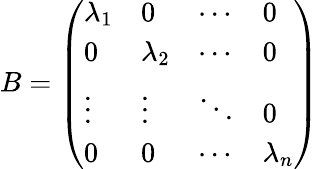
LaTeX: B={\left(\begin{array}{llll}{\lambda_{1}}&{0}&{\cdots}&{0}\\ {0}&{\lambda_{2}}&{\cdots}&{0}\\ {\vdots}&{\vdots}&{\ddots}&{0}\\ {0}&{0}&{\cdots}&{\lambda_{n}}\end{array}\right)}